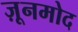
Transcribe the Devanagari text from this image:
ज़ूनमोद